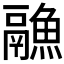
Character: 𱆏